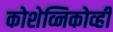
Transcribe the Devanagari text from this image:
कोशेव्निकोव्ही